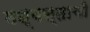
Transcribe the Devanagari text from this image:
मध्यस्ताची